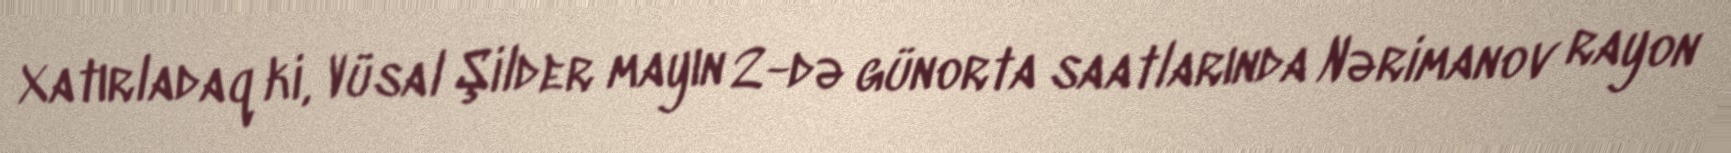
Xatırladaq ki, Vüsal Şilder mayın 2-də günorta saatlarında Nərimanov rayon